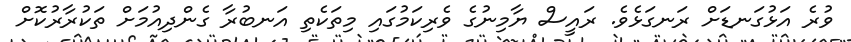
ވުރެ އަޅުގަނޑަށް ރަނގަޅެވެ. ރައީސް ޔާމިނުގެ ވެރިކަމުގައި މިތަކެތި އަނބުރާ ގެންދިއުމަށް ތަކުރާރުކޮށް